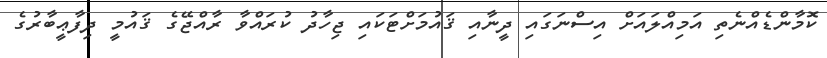
ކޮމާންޑެއްނެތި އަމިއްލައަށް އިސްނަގައި ދީނާއި ޤައުމަށްޓަކައި ޖިހާދު ކުރައްވާ ރާއްޖޭގެ ޤައުމީ ދިފާޢީބާރުގެ